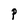
Character: P